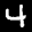
Label: 4